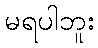
မရပါဘူး